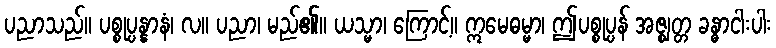
ပညာသည်။ ပစ္စုပ္ပန္နာနံ၊ လ။ ပညာ၊ မည်၏။ ယသ္မာ၊ ကြောင့်။ ဣမေဓမ္မာ၊ ဤပစ္စုပ္ပန် အဇ္ဈတ္တ ခန္ဓာငါးပါး